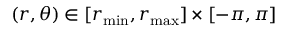
( r , \theta ) \in [ r _ { \mathrm { m i n } } , r _ { \mathrm { m a x } } ] \times [ - \pi , \pi ]